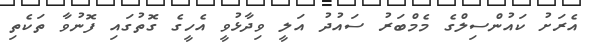
އެރަށު ކައުންސިލްގެ މެމްބަރު ސައުދު އަލީ ވިދާޅުވީ އެހީގެ ގޮތުގައި ފޮނުވާ ތަކެތި